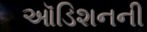
ઑડિશનની